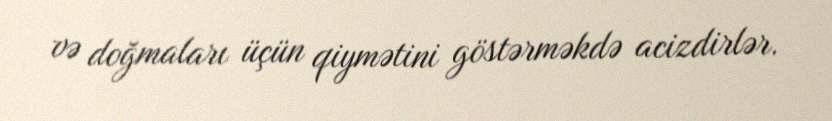
və doğmaları üçün qiymətini göstərməkdə acizdirlər.